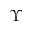
\Upsilon